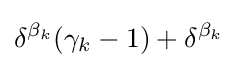
\delta ^{\beta _{k}}(\gamma _{k}-1)+\delta ^{\beta _{k}}